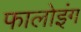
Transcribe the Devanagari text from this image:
फालोइंग